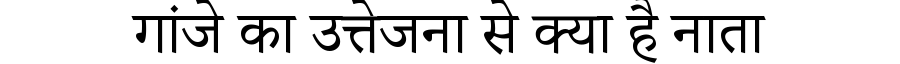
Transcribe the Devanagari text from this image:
गांजे का उत्तेजना से क्या है नाता